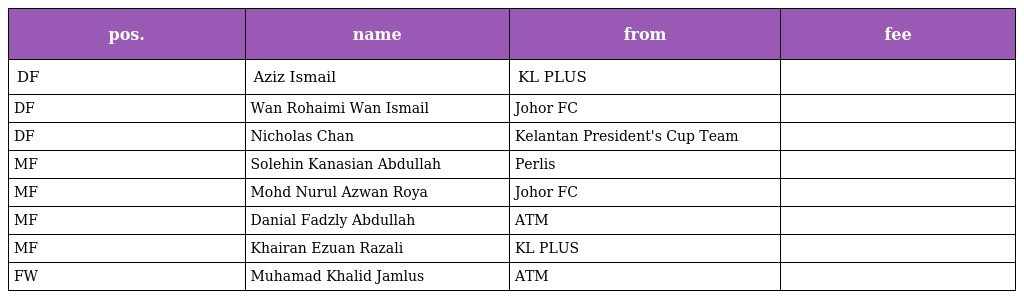
| pos. | name | from | fee |
 | --- | --- | --- | --- |
 | DF | Aziz Ismail | KL PLUS |  |
 | DF | Wan Rohaimi Wan Ismail | Johor FC |  |
 | DF | Nicholas Chan | Kelantan President's Cup Team |  |
 | MF | Solehin Kanasian Abdullah | Perlis |  |
 | MF | Mohd Nurul Azwan Roya | Johor FC |  |
 | MF | Danial Fadzly Abdullah | ATM |  |
 | MF | Khairan Ezuan Razali | KL PLUS |  |
 | FW | Muhamad Khalid Jamlus | ATM |  |